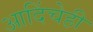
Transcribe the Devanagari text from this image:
आदिंचेही